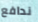
ندافع